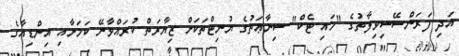
އަދި ފަރަންސޭސިވިލާތުގެ "ހައި ޓެކް" ސިނާޢަތުގެ ޔުނިޓްތަކަށް ޒިޔާރަތް ކުރައްވާނޭ ކަމަށާއި އިންޑިއާގެ